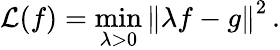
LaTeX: \mathcal{L}(f)=\operatorname*{min}_{\lambda>0}\left\| \lambda f-g\right\| ^{2}\, .